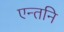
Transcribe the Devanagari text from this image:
एन्तनि